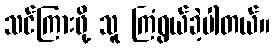
သင်ကြားဖို့ သူ ကြံရွယ်ခဲ့ပါတယ်။